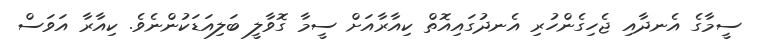
ސީމާގެ އެނދާއި ޖެހިގެންހުރި އެނދުގައިއޮތް ކިއާރާއަށް ސީމާ ގޮވާލީ ބަލިއަޑަކުންނެވެ. ކިއާރާ އަވަސް